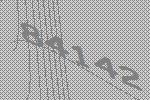
84142